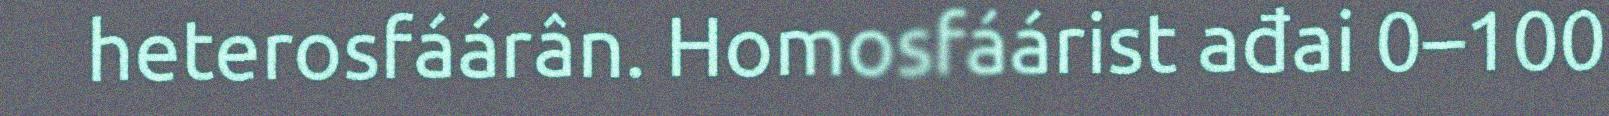
heterosfáárân. Homosfáárist ađai 0–100